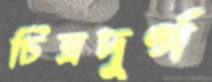
চিত্রদুর্গ